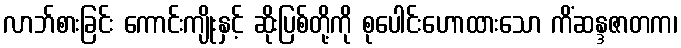
လာဘ်စားခြင်း ကောင်းကျိုးနှင့် ဆိုးပြစ်တို့ကို စုပေါင်းဟောထားသော ကိံဆန္ဒဇာတက၊